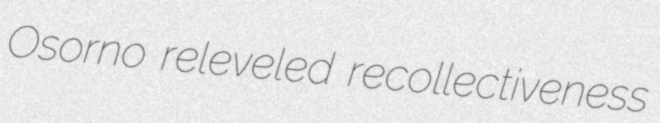
Osorno releveled recollectiveness